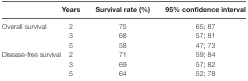
<table><thead><tr><td></td><td><b>Years</b></td><td><b>Survival rate (%)</b></td><td><b>95% confidence interval</b></td></tr></thead><tbody><tr><td>Overall survival</td><td>2</td><td>75</td><td>65; 87</td></tr><tr><td></td><td>3</td><td>68</td><td>57; 81</td></tr><tr><td></td><td>5</td><td>58</td><td>47; 73</td></tr><tr><td>Disease-free survival</td><td>2</td><td>71</td><td>59; 84</td></tr><tr><td></td><td>3</td><td>69</td><td>57; 82</td></tr><tr><td></td><td>5</td><td>64</td><td>52; 78</td></tr></tbody></table>